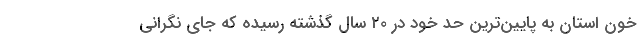
خون استان به پایین‌ترین حد خود در ۲۰ سال گذشته رسیده که جای نگرانی